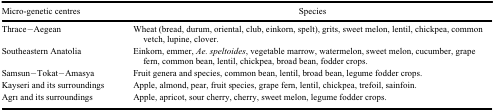
| Micro-genetic centres | Species |
 | --- | --- |
 | Thrace–Aegean | Wheat (bread, durum, oriental, club, einkorn, spelt), grits, sweet melon, lentil, chickpea, common vetch, lupine, clover. |
 | Southeastern Anatolia | Einkorn, emmer, Ae. speltoides, vegetable marrow, watermelon, sweet melon, cucumber, grape fern, common bean, lentil, chickpea, broad bean, fodder crops. |
 | Samsun–Tokat–Amasya | Fruit genera and species, common bean, lentil, broad bean, legume fodder crops. |
 | Kayseri and its surroundings | Apple, almond, pear, fruit species, grape fern, lentil, chickpea, trefoil, sainfoin. |
 | Agrı and its surroundings | Apple, apricot, sour cherry, cherry, sweet melon, legume fodder crops. |